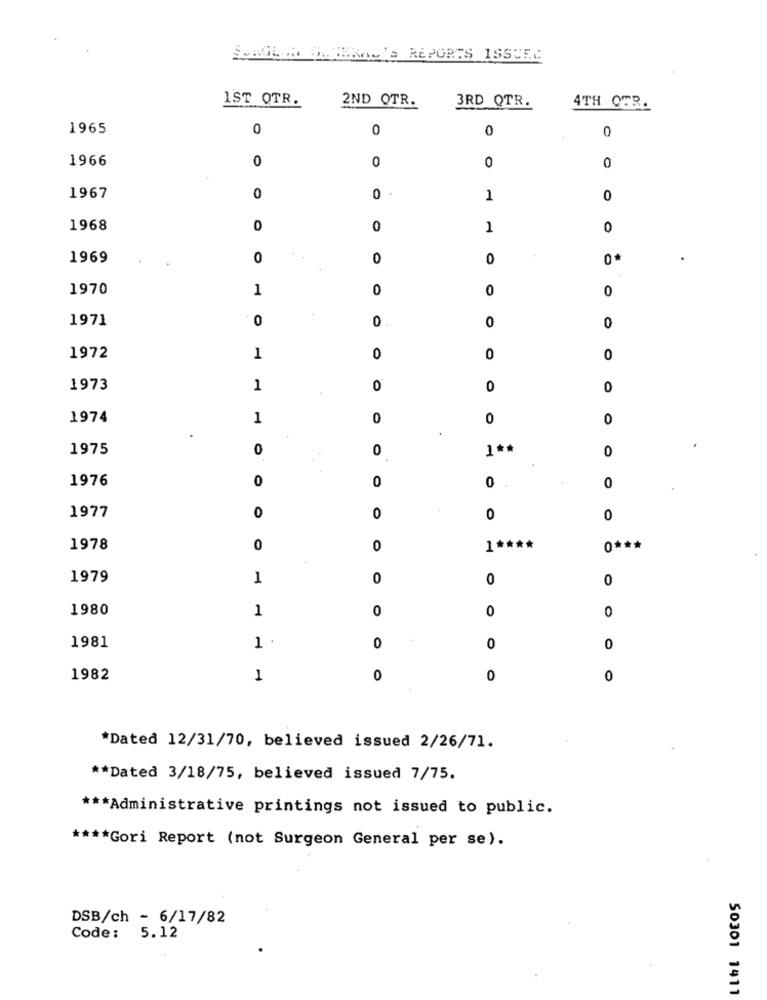
SUNGLIMT ONTHAAL'S REPORTS ISSUES
1ST OTR.
2ND OTR.
3RD QTR.
4TH CER.
1965
0
0
0
0
1966
0
0
0
0
0 .
1967
0
1
0
1968
0
0
1
0
1969
0
0
0
0
1970
1
0
0
0
1971
0
0
0
0
1972
1
0
0
0
1973
1
0
0
0
1974
1
0
0
0
1975
0
0
1 **
0
1976
0
0
0
0
1977
0
0
0
0
1978
0
0
1 ****
0 ***
1979
1
0
0
0
1980
1
0
0
0
1981
1 .
0
0
0
1982
1
0
0
0
*Dated 12/31/70, believed issued 2/26/71.
** Dated 3/18/75, believed issued 7/75.
*** Administrative printings not issued to public.
**** Gori Report (not Surgeon General per se).
DSB/ch - 6/17/82
Code: 5.12
50301 1411